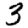
Digit: 3